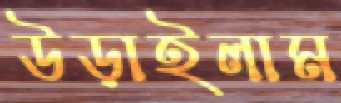
উড়াইলাম